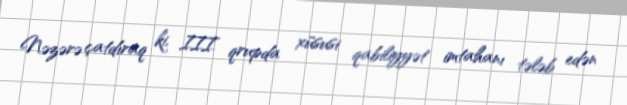
Nəzərə çatdıraq ki, III qrupda xüsusi qabiliyyət imtahanı tələb edən